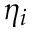
\eta _ { i }